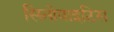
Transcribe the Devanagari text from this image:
सिनोवाइटिस